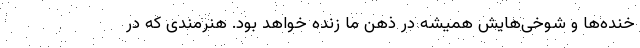
خنده‌ها و شوخی‌هایش همیشه در ذهن ما زنده خواهد بود. هنرمندی که در